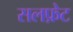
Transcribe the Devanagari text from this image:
सलफ़ेट